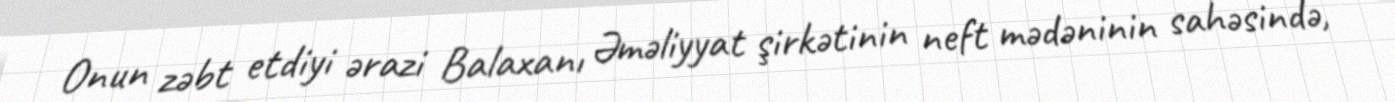
Onun zəbt etdiyi ərazi Balaxanı Əməliyyat şirkətinin neft mədəninin sahəsində,